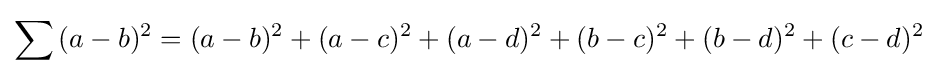
\sum {(a-b)^{2}}=(a-b)^{2}+(a-c)^{2}+(a-d)^{2}+(b-c)^{2}+(b-d)^{2}+(c-d)^{2}